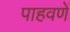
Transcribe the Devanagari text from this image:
पाहवणें